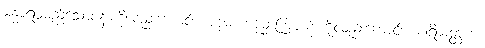
မန္ဓာရဝမည်သောပန်းကိုလည်းကောင်း။ ပဒုမံ၊ ပဒုမ္မာကြာပန်းကိုလည်းကောင်း။ ပါရိဆတ္တကံ၊